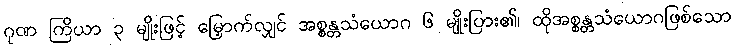
ဂုဏ ကြိယာ ၃ မျိုးဖြင့် မြှောက်လျှင် အစ္စန္တသံယောဂ ၆ မျိုးပြား၏၊ ထိုအစ္စန္တသံယောဂဖြစ်သော